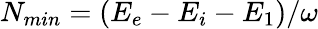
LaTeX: N_{min}=(E_{e}-E_{i}-E_{1})/\omega